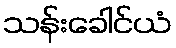
သန်းခေါင်ယံ